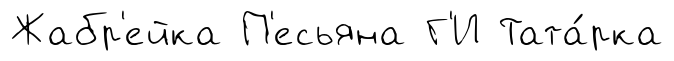
Жабр'ейка П'есьяна Г'И Тата́рка